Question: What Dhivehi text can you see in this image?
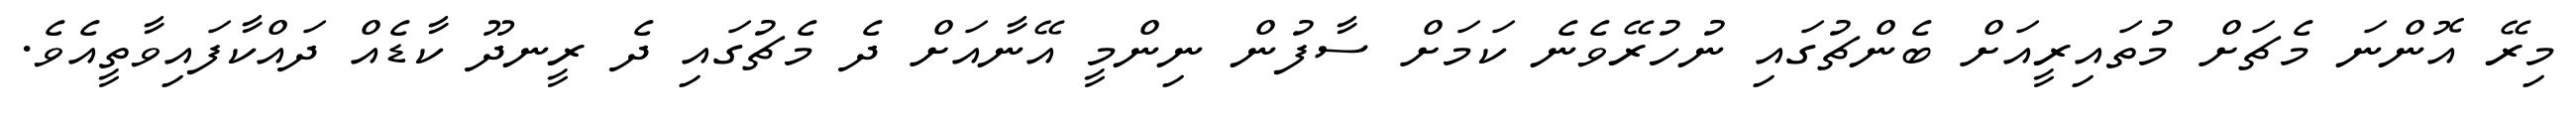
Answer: މިރޭ އޮންނަ މެޗަށް މުތައިރީއަށް ބެންޗުގައި ނުހުރޭވެނެ ކަމަށް ސާފުން ނިންމީ އޭނާއަށް ދެ މެޗުގައި ދެ ރީނދޫ ކާޑެއް ދައްކާފައިވާތީއެވެ.